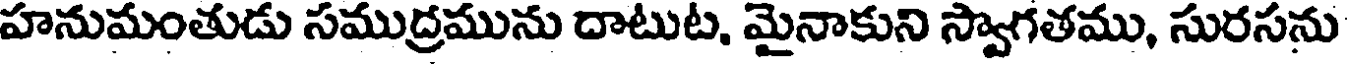
హనుమంతుడు సముద్రమును దాటుట, మైనాకుని స్వాగతము, సురసను